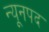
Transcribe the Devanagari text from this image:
न्यूनपद